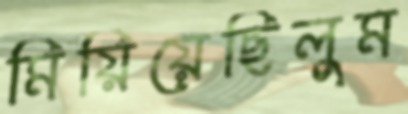
মিয়িয়েছিলুম